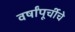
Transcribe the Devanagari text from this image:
वर्षांपूर्चीचे